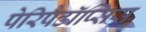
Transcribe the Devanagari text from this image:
पेरिपैटॉप्सिस